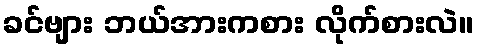
ခင်ဗျား ဘယ်အားကစား လိုက်စားလဲ။